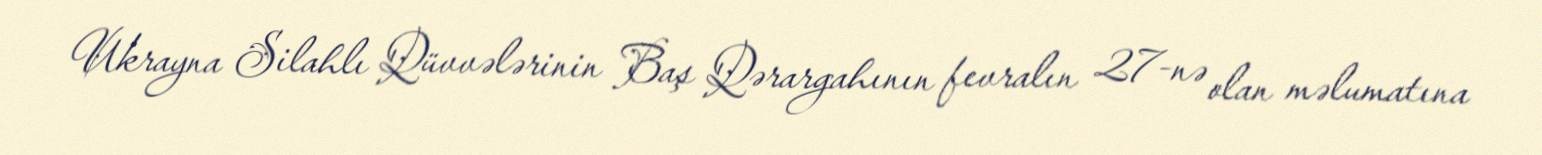
Ukrayna Silahlı Qüvvələrinin Baş Qərargahının fevralın 27-nə olan məlumatına